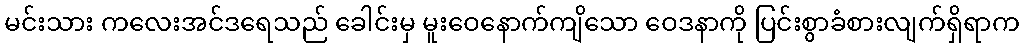
မင်းသား ကလေးအင်ဒရေသည် ခေါင်းမှ မူးဝေနောက်ကျိသော ဝေဒနာကို ပြင်းစွာခံစားလျက်ရှိရာက